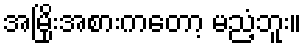
အမြိုးအစားကတော့ မညံ့ဘူး။